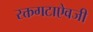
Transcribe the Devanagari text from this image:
रक्तगटाऐवजी